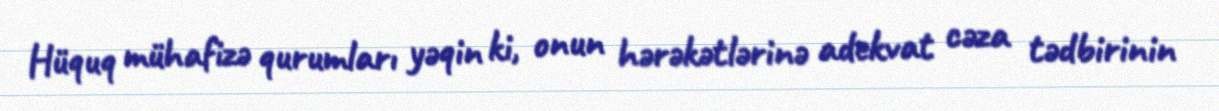
Hüquq mühafizə qurumları yəqin ki, onun hərəkətlərinə adekvat cəza tədbirinin